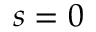
s = 0